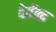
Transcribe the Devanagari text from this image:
देवेंन्द्र